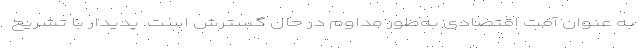
به عنوان آفت اقتصادی به‌طور مداوم در حال گسترش است. پدیدار با تشریح